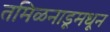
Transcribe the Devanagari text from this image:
तमिळनाडूमधून